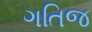
ગતિજ